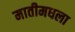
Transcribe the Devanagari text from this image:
मातीमधला